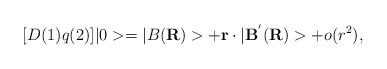
LaTeX: \begin{align*}[D(1)q(2)]|0> = |B({\bf R})> + {\bf r} \cdot |{\bf B}^{'}({\bf R})> + o(r^{2}) ,\end{align*}